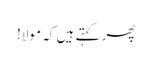
پھر کہتے ہیں کہ مولا!